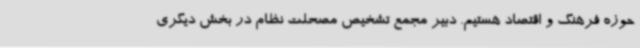
حوزه فرهنگ و اقتصاد هستیم. دبیر مجمع تشخیص مصحلت نظام در بخش دیگری